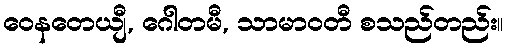
ဝေနတေယျီ, ဂေါတမီ, သာမာဝတီ စသည်တည်း။